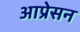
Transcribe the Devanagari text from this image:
आप्रेसन